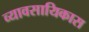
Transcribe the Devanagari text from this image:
व्यावसायिकास